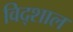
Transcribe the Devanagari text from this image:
विद्शाल